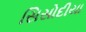
સિસોદીયા